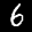
Label: 6